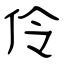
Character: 伶